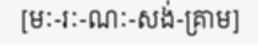
[មៈ-រៈ-ណៈ-សង់-គ្រាម]